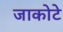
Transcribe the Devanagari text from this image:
जाकोटे